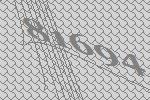
81694